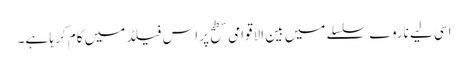
اسی لیے ناروے سلسلے میں بین الاقوامی سطح پر اس فیلڈ میں کام کر ہا ہے۔